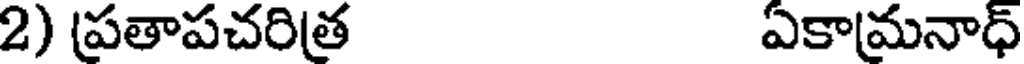
2) (ప్రతాపచరిత ఏకామనాధ్